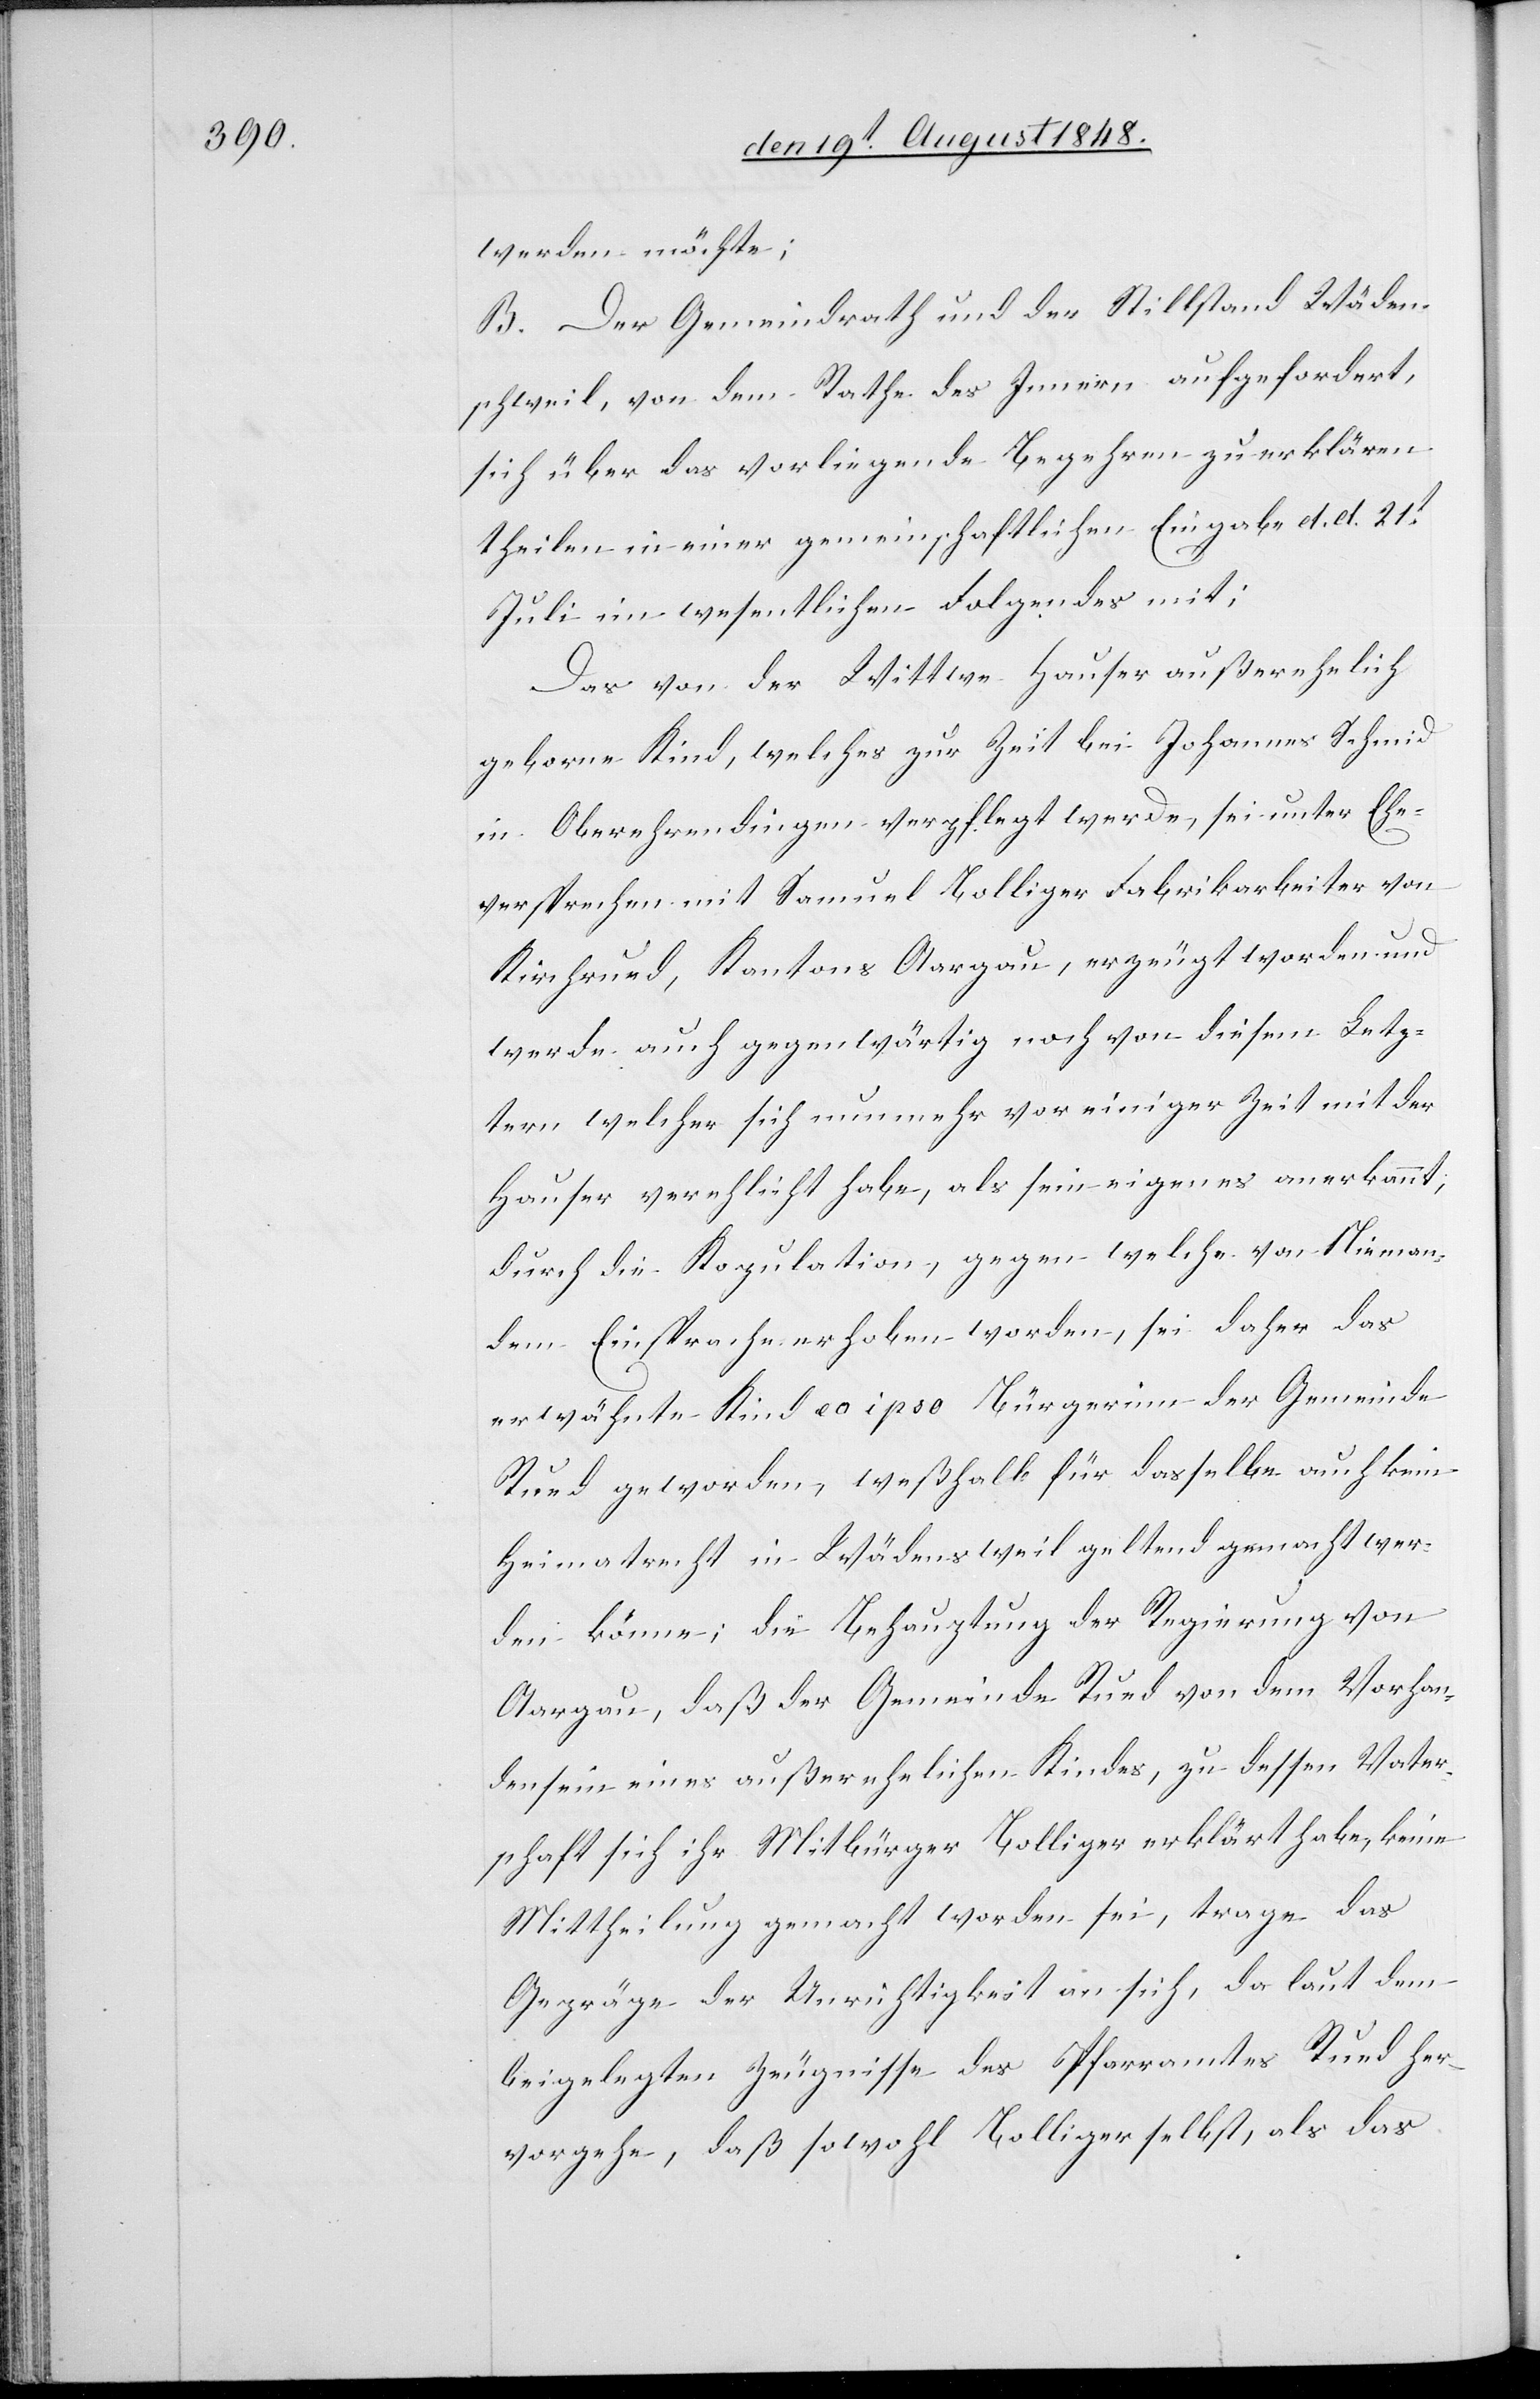
werden möchte;
B. Der Gemeindrath und der Stillstand Wäden¬
schweil, von dem Rathe des Innern aufgefordert,
sich über das vorliegende Begehren zu erklären
theilen in einer gemeinschaftlichen Eingabe d. d. d.
Juli im wesentlichen Folgendes mit:
Das von der Wittwe Hauser außerehelich
geborne Kind, welches zur Zeit bei Johannes Schmid
in Oberehrendingen verpflegt werde, sei unter Ehe¬
versprechen mit Samuel Bolliger Fabrikarbeiter von
Kirchrued, Kantons Aargau, erzeugt worden und
werde auch gegenwärtig noch von diesem Letz¬
tern welcher sich nunmehr vor einiger Zeit mit der
Hauser verehlicht habe, als sein eigenes anerkannt,
durch die Kopulation, gegen welche von Nieman¬
dem Einsprache erhoben worden, sei daher das
erwähnte Kind eo ipso Bürgerinn der Gemeinde
Rued geworden, weßhalb für dasselbe auch kein
Heimatrecht in Wädensweil geltend gemacht wer¬
den könne; die Behauptung der Regierung von
Aargau, daß der Gemeinde Rued von dem Vorhan¬
densein eines außerehelichen Kindes, zu dessen Vater¬
schaft sich ihr Mitbürger Bolliger erklärt habe, keine
Mittheilung gemacht worden sei, trage das
Gepräge der Unrichtigkeit an sich, da laut dem
beigelegten Zeugnisse des Pfarramtes Rued her¬
vorgehe, daß sowohl Bolliger selbst, als das